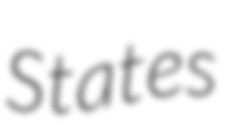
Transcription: States